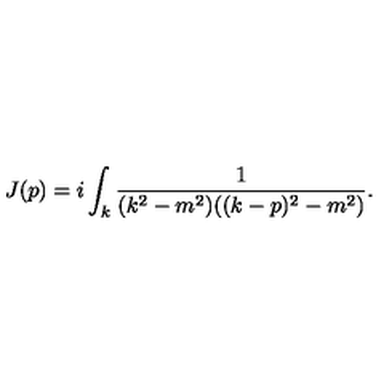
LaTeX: J ( p ) = i \int _ { k } \frac { 1 } { ( k ^ { 2 } - m ^ { 2 } ) ( ( k - p ) ^ { 2 } - m ^ { 2 } ) } .